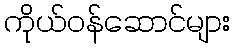
ကိုယ်ဝန်ဆောင်များ